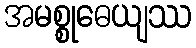
အမစ္စုဓေယျဿ